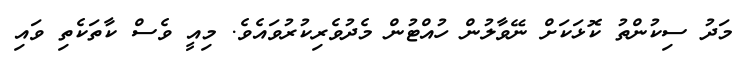
މަދު ސިކުންތު ކޮޅަކަށް ނޭވާލުން ހުއްޓުން މެދުވެރިކުރުވައެވެ. މިއީ ވެސް ކާތަކެތި ވައި